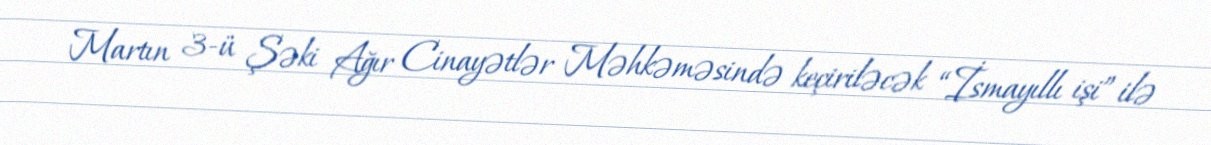
Martın 3-ü Şəki Ağır Cinayətlər Məhkəməsində keçiriləcək “İsmayıllı işi” ilə